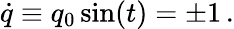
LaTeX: \dot{q}\equiv q_{0}\sin(t)=\pm 1\, .